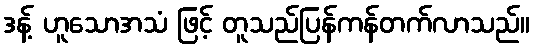
ဒန့် ဟူသောအသံ ဖြင့် တူသည်ပြန်ကန်တက်လာသည်။